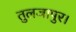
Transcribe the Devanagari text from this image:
तुलजापुर।